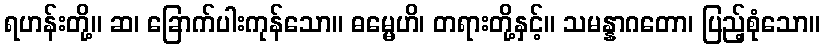
ရဟန်းတို့။ ဆ၊ ခြောက်ပါးကုန်သော။ ဓမ္မေဟိ၊ တရားတို့နှင့်။ သမန္နာဂတော၊ ပြည့်စုံသော။